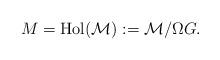
LaTeX: \begin{align*}M = \mathrm{Hol}(\mathcal{M}) := \mathcal{M} / \Omega G. \end{align*}